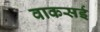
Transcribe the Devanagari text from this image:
वाकसई